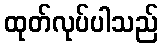
ထုတ်လုပ်ပါသည်